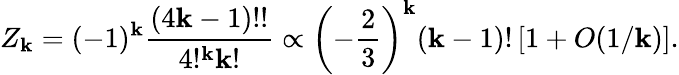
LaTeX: Z_{\mathbf{k}}=(-1)^{\mathbf{k}}{\frac{{(4\mathbf{k}-1)!!}}{{4!^{\mathbf{k}}\mathbf{k}!}}}\propto\left(-{\frac{{2}}{{3}}}\right)^{\mathbf{k}}(\mathbf{k}-1)!\left[1+O(1/\mathbf{k})\right].